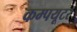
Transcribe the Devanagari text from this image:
कम्पयूटर